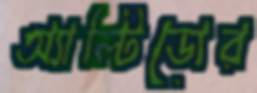
অ্যাল্টিডোর